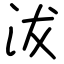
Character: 沷